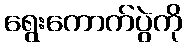
ရွေးကောက်ပွဲကို